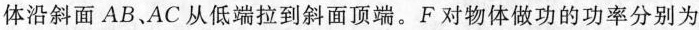
体沿斜面AB、AC从低端拉到斜面顶端。F对物体做功的功率分别为